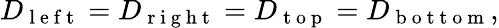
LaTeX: D_{\mathrm{~l~e~f~t~}}=D_{\mathrm{~r~i~g~h~t~}}=D_{\mathrm{~t~o~p~}}=D_{\mathrm{~b~o~t~t~o~m~}},